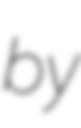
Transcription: by